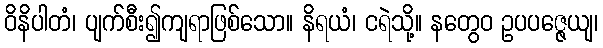
ဝိနိပါတံ၊ ပျက်စီး၍ကျရာဖြစ်သော။ နိရယံ၊ ငရဲသို့။ နတွေဝ ဥပပဇ္ဇေယျ၊